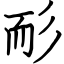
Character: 耏